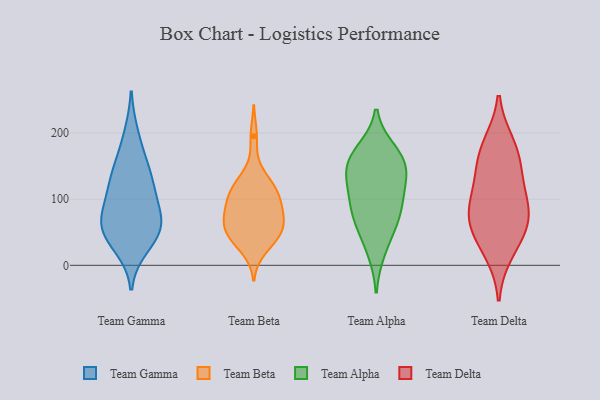
{"axis": {"x": "Temperature (°C)", "y": "Value"}, "legend": ["Team Alpha", "Team Beta", "Team Delta", "Team Gamma"], "data": [{"x": "", "y": 135, "type": "Team Gamma"}, {"x": "", "y": 59, "type": "Team Gamma"}, {"x": "", "y": 41, "type": "Team Gamma"}, {"x": "", "y": 136, "type": "Team Gamma"}, {"x": "", "y": 101, "type": "Team Gamma"}, {"x": "", "y": 160, "type": "Team Gamma"}, {"x": "", "y": 84, "type": "Team Gamma"}, {"x": "", "y": 62, "type": "Team Gamma"}, {"x": "", "y": 55, "type": "Team Gamma"}, {"x": "", "y": 198, "type": "Team Gamma"}, {"x": "", "y": 28, "type": "Team Gamma"}, {"x": "", "y": 113, "type": "Team Gamma"}, {"x": "", "y": 61, "type": "Team Gamma"}, {"x": "", "y": 137, "type": "Team Beta"}, {"x": "", "y": 102, "type": "Team Beta"}, {"x": "", "y": 24, "type": "Team Beta"}, {"x": "", "y": 36, "type": "Team Beta"}, {"x": "", "y": 41, "type": "Team Beta"}, {"x": "", "y": 58, "type": "Team Beta"}, {"x": "", "y": 122, "type": "Team Beta"}, {"x": "", "y": 105, "type": "Team Beta"}, {"x": "", "y": 88, "type": "Team Beta"}, {"x": "", "y": 72, "type": "Team Beta"}, {"x": "", "y": 44, "type": "Team Beta"}, {"x": "", "y": 195, "type": "Team Beta"}, {"x": "", "y": 120, "type": "Team Beta"}, {"x": "", "y": 61, "type": "Team Beta"}, {"x": "", "y": 113, "type": "Team Beta"}, {"x": "", "y": 79, "type": "Team Beta"}, {"x": "", "y": 56, "type": "Team Beta"}, {"x": "", "y": 99, "type": "Team Beta"}, {"x": "", "y": 53, "type": "Team Beta"}, {"x": "", "y": 75, "type": "Team Beta"}, {"x": "", "y": 166, "type": "Team Alpha"}, {"x": "", "y": 123, "type": "Team Alpha"}, {"x": "", "y": 145, "type": "Team Alpha"}, {"x": "", "y": 173, "type": "Team Alpha"}, {"x": "", "y": 111, "type": "Team Alpha"}, {"x": "", "y": 157, "type": "Team Alpha"}, {"x": "", "y": 93, "type": "Team Alpha"}, {"x": "", "y": 21, "type": "Team Alpha"}, {"x": "", "y": 58, "type": "Team Alpha"}, {"x": "", "y": 145, "type": "Team Alpha"}, {"x": "", "y": 83, "type": "Team Alpha"}, {"x": "", "y": 66, "type": "Team Alpha"}, {"x": "", "y": 87, "type": "Team Delta"}, {"x": "", "y": 173, "type": "Team Delta"}, {"x": "", "y": 48, "type": "Team Delta"}, {"x": "", "y": 56, "type": "Team Delta"}, {"x": "", "y": 183, "type": "Team Delta"}, {"x": "", "y": 129, "type": "Team Delta"}, {"x": "", "y": 20, "type": "Team Delta"}, {"x": "", "y": 146, "type": "Team Delta"}, {"x": "", "y": 82, "type": "Team Delta"}, {"x": "", "y": 86, "type": "Team Delta"}]}